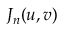
J _ { n } ( u , v )